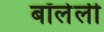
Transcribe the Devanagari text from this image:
बॉलेली